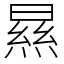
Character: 㬎